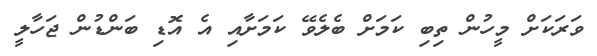
ވަރަކަށް މީހުން ތިބި ކަމަށް ބެލެވޭ ކަމަށާއި އެ އޮޑި ބަންޑުން ޖަހާލީ